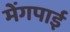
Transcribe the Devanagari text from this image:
मेंगपाई